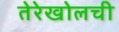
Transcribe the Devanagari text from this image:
तेरेखोलची